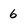
Character: 6